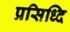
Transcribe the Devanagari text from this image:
प्रसिध्दि